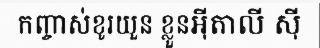
កញ្ចាស់ខូរយួន ខ្លួនអ៊ីតាលី ស៊ី